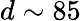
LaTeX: d\sim 85